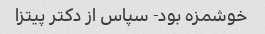
خوشمزه بود- سپاس از دکتر پیتزا